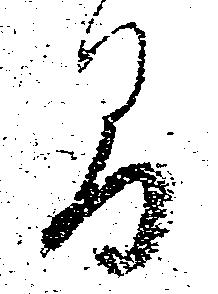
間